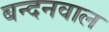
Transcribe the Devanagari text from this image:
बन्दनवाल